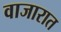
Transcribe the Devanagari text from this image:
वाजारात